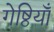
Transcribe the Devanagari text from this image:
गेष्ठियाँ